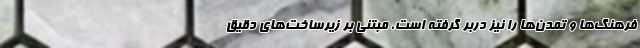
فرهنگ‌ها و تمدن‌ها را نیز دربر گرفته است، مبتنی بر زیرساخت‌های دقیق